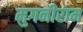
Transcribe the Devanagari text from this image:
मुगनीराम